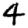
Digit: 4